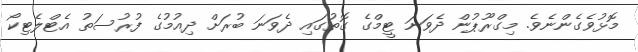
މޮޅުވެގެންނެވެ. މިގްރޫޕުން ދެވަނަ ޓީމްގެ ގޮތުގައި ދެވަނަ ބުރަށް ދިއުމުގެ ފުރުސަތު އެޓްލެޓިކޯ